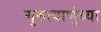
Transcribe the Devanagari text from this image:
गुरुत्वाणूंच्या